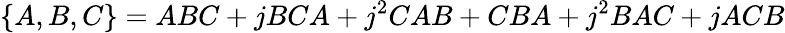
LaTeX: \{ A,B,C\} =ABC+jBCA+j^{2}CAB+CBA+j^{2}BAC+jACB